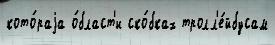
кото́раjа о́бласт'и ско́бках тролл'е́йбусам